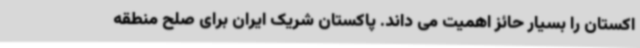
اکستان را بسیار حائز اهمیت می داند. پاکستان شریک ایران برای صلح منطقه